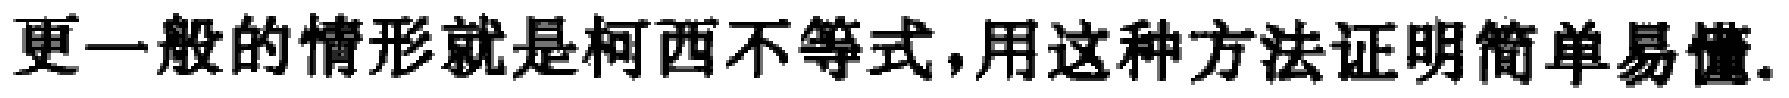
更一般的情形就是柯西不等式,用这种方法证明简单易懂.